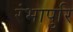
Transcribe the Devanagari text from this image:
रंभापुरि